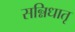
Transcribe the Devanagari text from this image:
सन्निधातृ